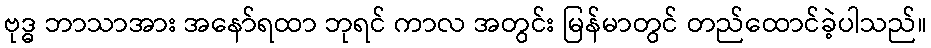
ဗုဒ္ဓ ဘာသာအား အနော်ရထာ ဘုရင် ကာလ အတွင်း မြန်မာတွင် တည်ထောင်ခဲ့ပါသည်။